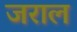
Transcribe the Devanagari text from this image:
जराल